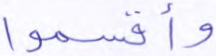
وأقسموا